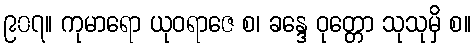
၉၀၇။ ကုမာရော ယုဝရာဇေ စ၊ ခန္ဒေ ဝုတ္တော သုသုမှိ စ။